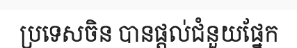
ប្រទេសចិន បានផ្តល់ជំនួយផ្នែក